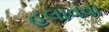
હલાવવા